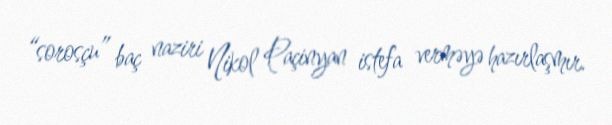
“sorosçu” baç naziri Nikol Paçinyan istefa verməyə hazırlaşmır.